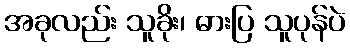
အခုလည်း သူခိုး၊ ဓားပြ သူပုန်ပဲ